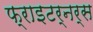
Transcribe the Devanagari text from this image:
फ्राइटर्नर्स